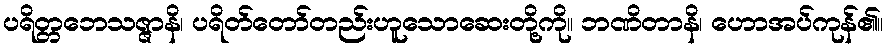
ပရိတ္တဘေသဇ္ဇာနိ၊ ပရိတ်တော်တည်းဟူသောဆေးတို့ကို။ ဘဏိတာနိ၊ ဟောအပ်ကုန်၏။